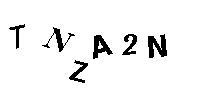
TNZA2N